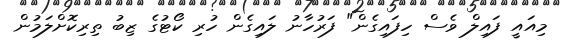
މިއައީ ފައިލް ވެސް ހިފައިގެން" ފަރުހާނު ލައިގެން ހުރި ކޯޓުގެ ޒިބު ތިރިކޮށްލަމުން